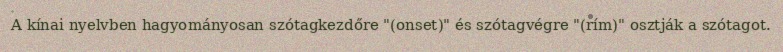
A kínai nyelvben hagyományosan szótagkezdőre "(onset)" és szótagvégre "(rím)" osztják a szótagot.